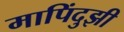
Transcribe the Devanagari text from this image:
मापिंदुझी